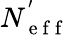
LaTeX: N_{\mathrm{~e~f~f~}}^{'}